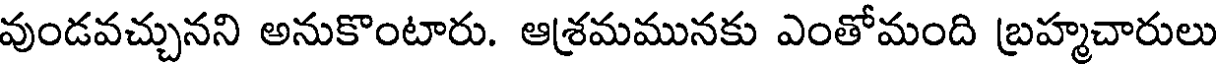
వుండవచ్చునని అనుకొంటారు. ఆశ్రమమునకు ఎంతోమంది బ్రహ్మచారులు